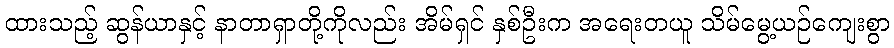
ထားသည့် ဆွန်ယာနှင့် နာတာရှာတို့ကိုလည်း အိမ်ရှင် နှစ်ဦးက အရေးတယူ သိမ်မွေ့ယဉ်ကျေးစွာ